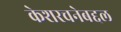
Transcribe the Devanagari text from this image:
केशरचनेबद्दल